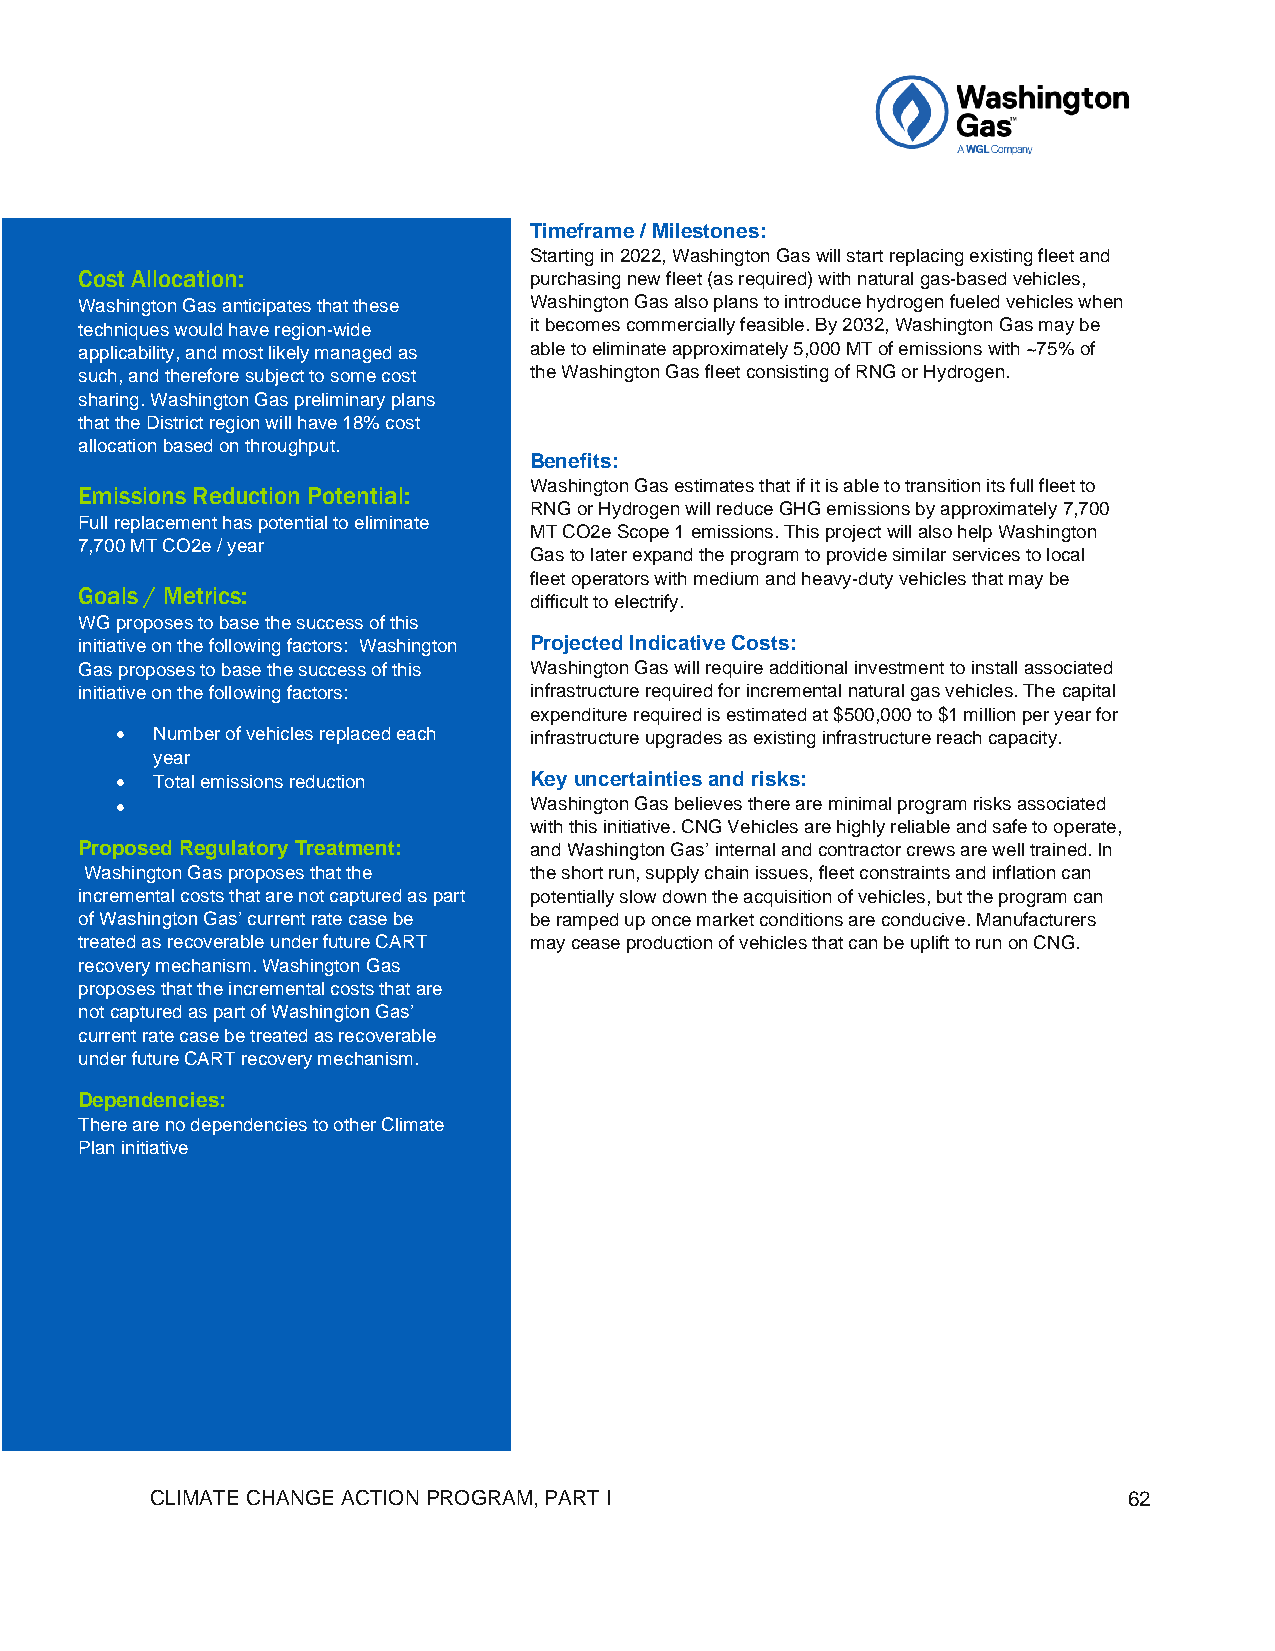
Timeframe / Milestones:
 Starting in 2022, Washington Gas will start replacing existing fleet and
 Cost Allocation:              purchasing new fleet (as required) with natural gas-based vehicles,
 Washington Gas anticipates that these Washington Gas also plans to introduce hydrogen fueled vehicles when
 techniques would have region-wide it becomes commercially feasible. By 2032, Washington Gas may be
 applicability, and most likely managed as able to eliminate approximately 5,000 MT of emissions with ~75% of
 such, and therefore subject to some cost the Washington Gas fleet consisting of RNG or Hydrogen.
 sharing. Washington Gas preliminary plans
 that the District region will have 18% cost
 allocation based on throughput.
 Benefits:
 Washington Gas estimates that if it is able to transition its full fleet to
 Emissions Reduction Potential:
 RNG or Hydrogen will reduce GHG emissions by approximately 7,700
 Full replacement has potential to eliminate
 MT CO2e Scope 1 emissions. This project will also help Washington
 7,700 MT CO2e / year
 Gas to later expand the program to provide similar services to local
 fleet operators with medium and heavy-duty vehicles that may be
 Goals / Metrics:
 difficult to electrify.
 WG proposes to base the success of this
 initiative on the following factors: Washington Projected Indicative Costs:
 Gas proposes to base the success of this Washington Gas will require additional investment to install associated
 initiative on the following factors: infrastructure required for incremental natural gas vehicles. The capital
 expenditure required is estimated at $500,000 to $1 million per year for
 • Number of vehicles replaced each infrastructure upgrades as existing infrastructure reach capacity.
 year
 • Total emissions reduction Key uncertainties and risks:
 •                          Washington Gas believes there are minimal program risks associated
 with this initiative. CNG Vehicles are highly reliable and safe to operate,
 Proposed Regulatory Treatment: and Washington Gas’ internal and contractor crews are well trained. In
 Washington Gas proposes that the the short run, supply chain issues, fleet constraints and inflation can
 incremental costs that are not captured as part potentially slow down the acquisition of vehicles, but the program can
 of Washington Gas’ current rate case be be ramped up once market conditions are conducive. Manufacturers
 treated as recoverable under future CART may cease production of vehicles that can be uplift to run on CNG.
 recovery mechanism. Washington Gas
 proposes that the incremental costs that are
 not captured as part of Washington Gas’
 current rate case be treated as recoverable
 under future CART recovery mechanism.
 Dependencies:
 There are no dependencies to other Climate
 Plan initiative
 CLIMATE CHANGE ACTION PROGRAM, PART I                            62